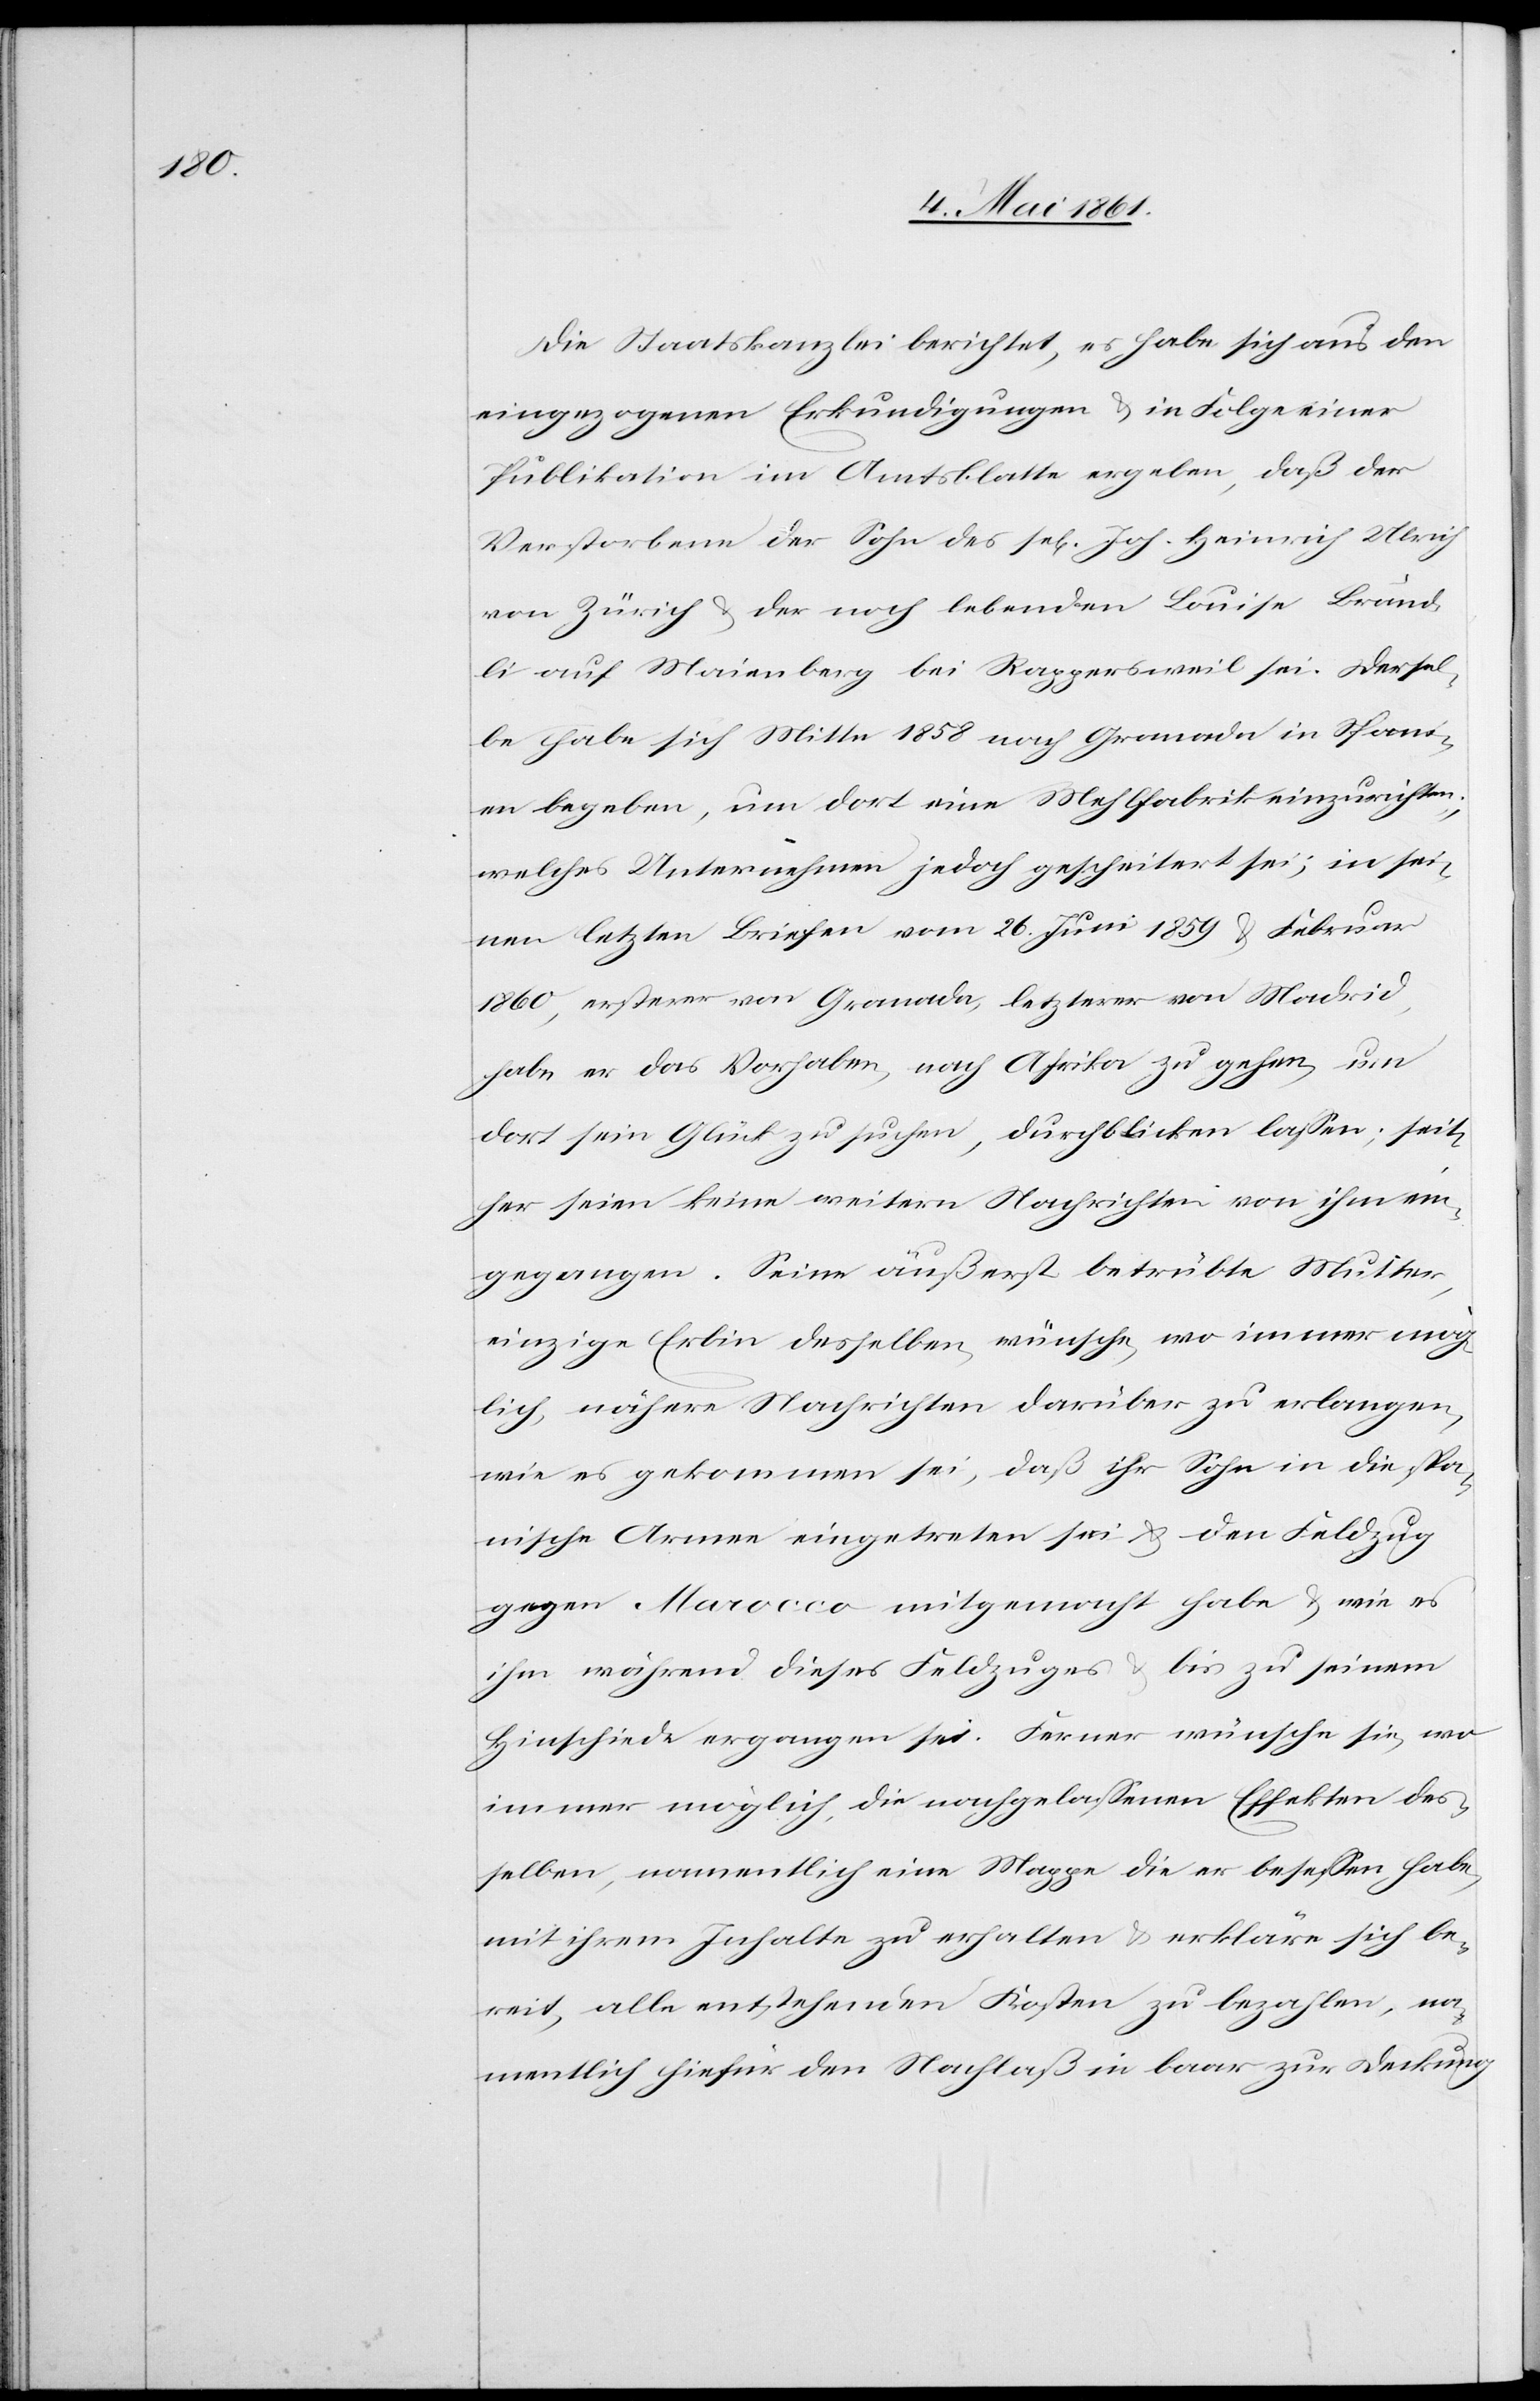
Die Staatskanzlei berichtet, es habe sich aus den
eingezogenen Erkundigungen u. in Folge einer
Publikation im Amtsblatte ergeben, daß der
Verstorbene der Sohn des sel. Joh. Heinrich Ulrich
von Zürich u. der noch lebenden Louise Bränd¬
li auf Maienberg bei Rappersweil sei. Dersel¬
be habe sich Mitte 1858 nach Granada in Spani¬
en begeben, um dort eine Mehlfabrik einzurichten,
welches Unternehmen jedoch gescheitert sei; in sei¬
nen letzten Briefen vom 16. Juni 1859 u. Februar
1860, ersterer von Granada, letzterer von Madrid,
habe er das Vorhaben, nach Afrika zu gehen, um
dort sein Glück zu suchen, durchblicken lassen; seit¬
her seien keine weitern Nachrichten von ihm ein¬
gegangen. Seine äußerst betrübte Mutter,
einzige Erbin desselben, wünsche, wo immer mög¬
lich, nähere Nachrichten darüber zu erlangen,
wie es gekommen sei, daß ihr Sohn in die spa¬
nische Armee eingetreten sei u. den Feldzug
gegen Marocco mitgemacht habe u. wie es
ihm während dieses Feldzuges u. bis zu seinem
Hinschiede ergangen sei. Ferner wünsche sie, wo
immer möglich, die nachgelassenen Effekten des¬
selben, namentlich eine Mappe die er besessen habe,
mit ihrem Inhalte zu erhalten u. erkläre sich be¬
reit, alle entstehenden Kosten zu bezahlen, na¬
mentlich hiefür den Nachlaß in Baar zur Deckung